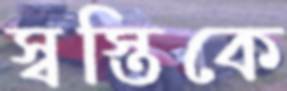
স্বস্তিকে